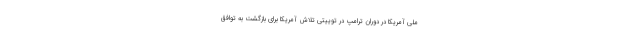
ملی آمریکا در دوران ترامپ در توییتی تلاش آمریکا برای بازگشت به توافق